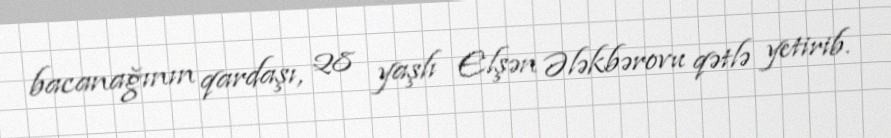
bacanağının qardaşı, 28 yaşlı Elşən Ələkbərovu qətlə yetirib.